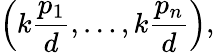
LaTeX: \left(k{\frac{p_{1}}{d}},\ldots,k{\frac{p_{n}}{d}}\right),